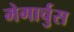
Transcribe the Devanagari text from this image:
मेगार्चुस